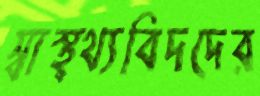
স্বাস্থ্থ্যবিদদের